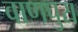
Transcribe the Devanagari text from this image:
वाणपुरा